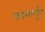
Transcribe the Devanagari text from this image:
कामार्गुए